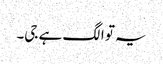
یہ تو الگ ہے جی۔